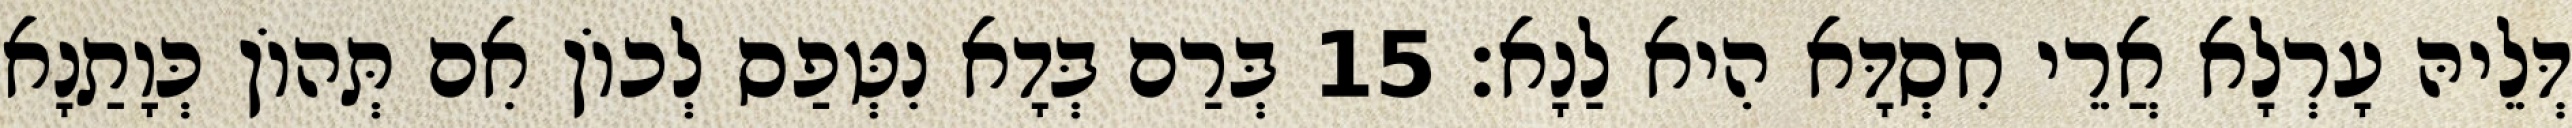
דְּלֵיהּ עָרְלָא אֲרֵי חִסְדָּא הִיא לַנָא׃ 15 בְּרַם בְּדָא נִטְּפַס לְכוֹן אִם תְּהוֹן כְּוָתַנָא